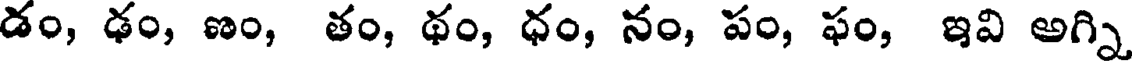
డం, ఢం, ణం, తం, థం, ధం, నం, పం, ఫం, ఇవి అగ్ని